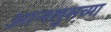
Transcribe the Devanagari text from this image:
आन्श्लुसच्या